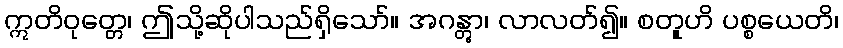
ဣတိဝုတ္တေ၊ ဤသို့ဆိုပါသည်ရှိသော်။ အဂန္တွာ၊ လာလတ်၍။ စတူဟိ ပစ္စယေတိ၊